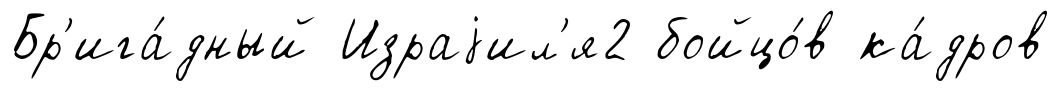
Бр'ига́дный Израjил'я2 бойцо́в ка́дров